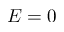
E = 0